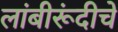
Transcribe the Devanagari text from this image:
लांबीरूंदीचे